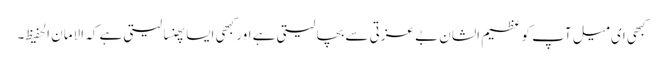
کبھی ای میل آپ کو عظیم الشان بے عزتی سے بچا لیتی ہے اور کبھی ایسا پھنسا لیتی ہے کہ الامان الحفیظ۔